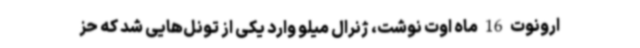
ارونوت 16 ماه اوت نوشت، ژنرال میلو وارد یکی از تونل‌هایی شد که حز